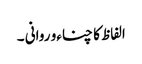
الفاظ کا چناءو روانی ۔